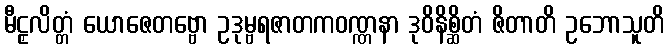
မီဠှလိတ္တံ ယောဇေတဗ္ဗော ဥဒုမ္ဗရဇာတကဝဏ္ဏနာ ဒုဝိနိစ္ဆိတံ ဇိတာတိ ဥဘောသူတိ